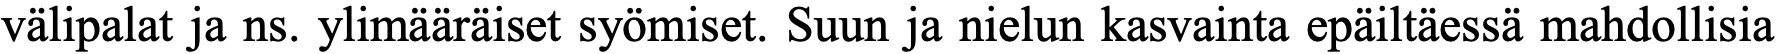
välipalat ja ns. ylimääräiset syömiset. Suun ja nielun kasvainta epäiltäessä mahdollisia